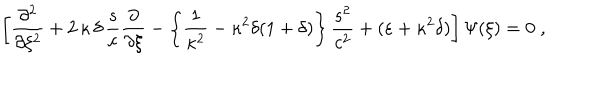
\left[ \frac { \partial ^ { 2 } } { \partial \xi ^ { 2 } } + 2 \, \kappa \, \delta \, \frac { s } { c } \frac { \partial } { \partial \xi } - \left\{ \frac { 1 } { \kappa ^ { 2 } } - \kappa ^ { 2 } \delta ( 1 + \delta ) \right\} \frac { s ^ { 2 } } { c ^ { 2 } } + ( \varepsilon + \kappa ^ { 2 } \delta ) \right] \Psi ( \xi ) = 0 \; ,